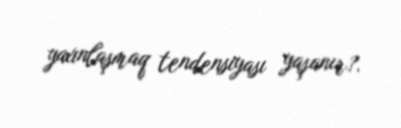
yaxınlaşmaq tendensiyası yaşanır?.